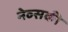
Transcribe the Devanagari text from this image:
नेव्सकी